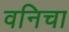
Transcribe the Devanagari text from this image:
वनिचा